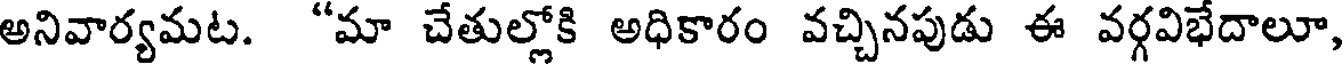
అనివార్యమట. "మా చేతుల్లోకి అధికారం వచ్చినపుడు ఈ వర్గవిభేదాలూ,